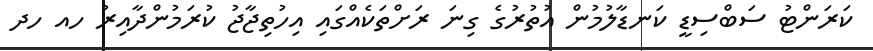
ކަރަންޓު ސަބްސިޑީ ކަނޑާލުމުން އުތުރުގެ ގިނަ ރަށްތަކެއްގައި އިހުތިޖާޖު ކުރަމުންދާއިރު ހއ ހދ